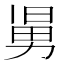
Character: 𠢎